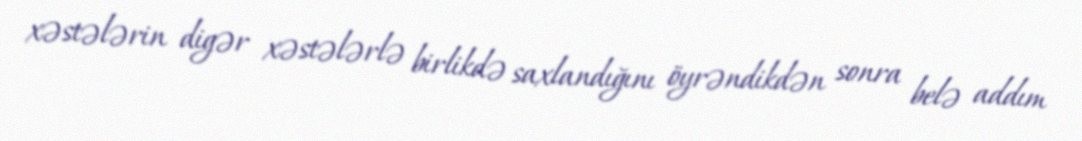
xəstələrin digər xəstələrlə birlikdə saxlandığını öyrəndikdən sonra belə addım